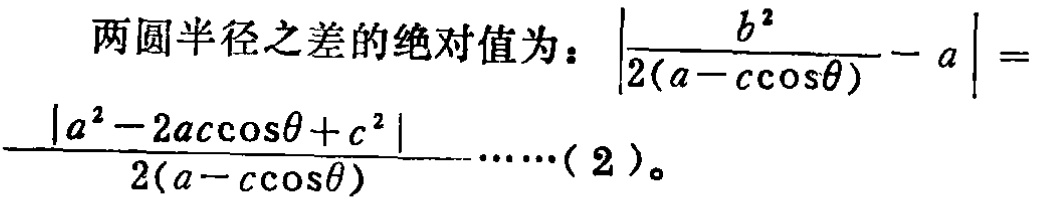
两圆半径之差的绝对值为：\(\left|\frac{b^{2}}{2(a - c\cos\theta)} - a\right| = \frac{\left|a^{2} - 2ac\cos\theta + c^{2}\right|}{2(a - c\cos\theta)}\cdots\cdots(2)\)